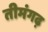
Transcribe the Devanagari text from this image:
तीमंगढ़